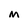
Character: M